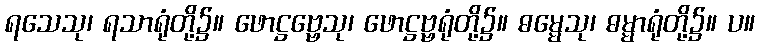
ရသေသု၊ ရသာရုံတို့၌။ ဖောဋ္ဌဗ္ဗေသု၊ ဖောဋ္ဌဗ္ဗရုံတို့၌။ ဓမ္မေသု၊ ဓမ္မာရုံတို့၌။ ပ။